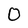
Character: 0